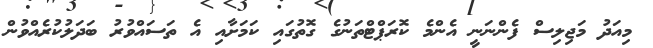
މިއަދު މަޖިލިސް ފެންނަނީ އެންމެ ކޮރަޕްޓްތަނުގެ ގޮތުގައި ކަމަށާއި އެ ތަސައްވުރު ބަދަލުކުރެއްވުން